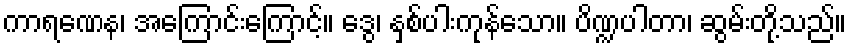
ကာရဏေန၊ အကြောင်းကြောင့်။ ဒွေ၊ နှစ်ပါးကုန်သော။ ပိဏ္ဍပါတာ၊ ဆွမ်းတို့သည်။